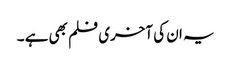
یہ ان کی آخری فلم بھی ہے ۔